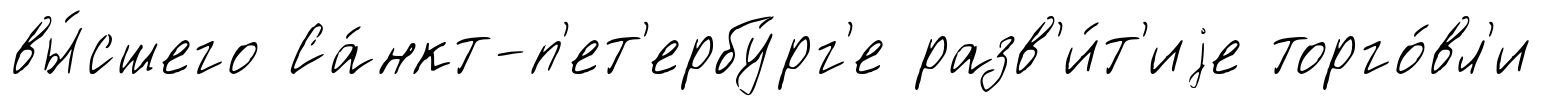
вы́сшего Са́нкт-п'ет'ербу́рг'е разв'и́т'иjе торго́вл'и